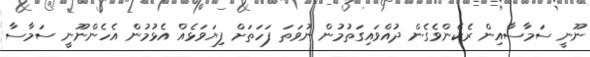
ނޫނީ ސަމާސާއިން ރެކެންވެގެން ދުއްވައިގަތުމުން ނުވަތަ ފަހަތަށް ފިޔަވަޅެއް އެޅުމުން އެހެންނޫނީ ސަމާސާ